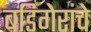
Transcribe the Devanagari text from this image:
बडिगेरांचे